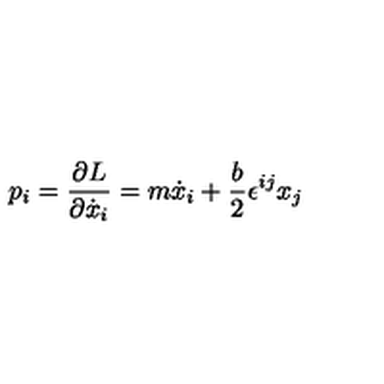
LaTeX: p _ { i } = { \frac { \partial L } { \partial \dot { x } _ { i } } } = m \dot { x } _ { i } + \frac { b } { 2 } \epsilon ^ { i j } x _ { j }